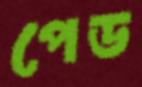
পেড